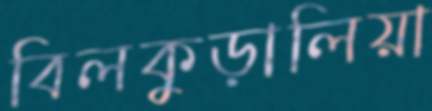
বিলকুড়ালিয়া